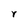
Character: Y